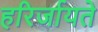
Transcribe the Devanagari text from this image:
हरिर्जायते